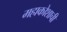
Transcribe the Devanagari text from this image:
महाकोशाची